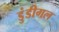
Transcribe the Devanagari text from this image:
डुंडीगल